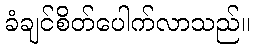
ခံချင်စိတ်ပေါက်လာသည်။